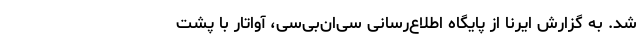
شد. به گزارش ایرنا از پایگاه اطلاع‌رسانی سی‌ان‌بی‌سی، آواتار با پشت